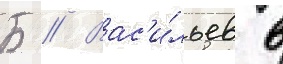
Б // Вас'и́льев в